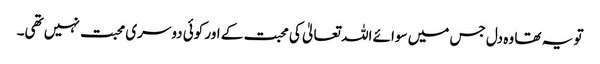
تو یہ تھا وہ دل جس میں سوائے اللہ تعالیٰ کی محبت کے اور کوئی دوسری محبت نہیں تھی۔